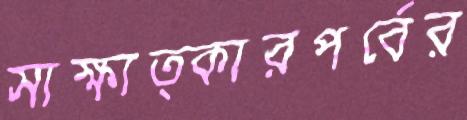
সাক্ষাত্কারপর্বের